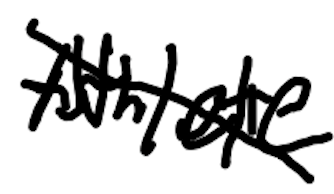
Text: Athlete
Cross-out: diagonal
Writing tool: digital_black